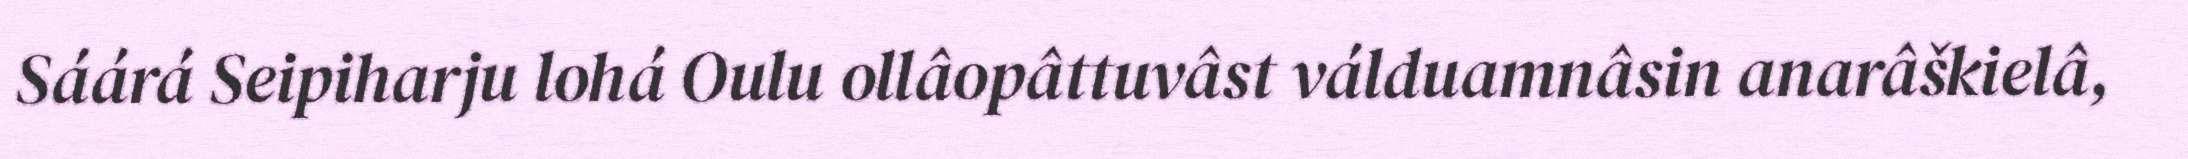
Sáárá Seipiharju lohá Oulu ollâopâttuvâst válduamnâsin anarâškielâ,